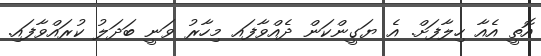
އޮތީ އެއާ ހިލާފަށް. އެ ޔަގީންކަން ދެއްވާފައ މިހާރު ވަނީ ބަދަލު ކުރައްވާފައި.